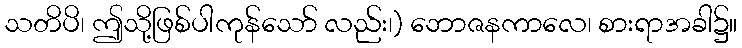
သတိပိ၊ ဤသို့ဖြစ်ပါကုန်သော် လည်း၊) ဘောဇနကာလေ၊ စားရာအခါ၌။